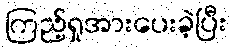
ကြည့်ရှုအားပေးခဲ့ပြီး